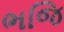
ભજિ